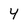
Character: 4